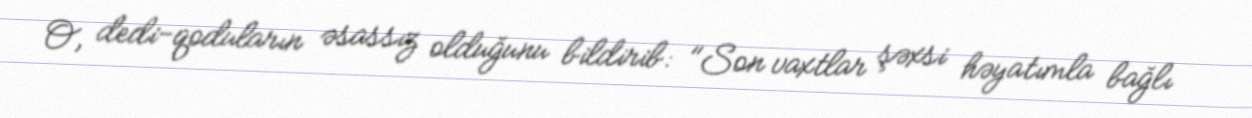
O, dedi-qoduların əsassız olduğunu bildirib: "Son vaxtlar şəxsi həyatımla bağlı